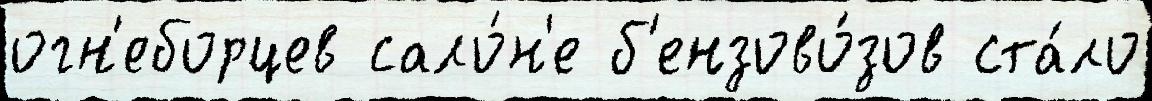
огн'еборцев сало́н'е б'ензово́зов ста́ло